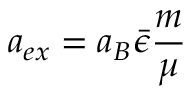
a _ { e x } = a _ { B } \bar { \epsilon } \frac { m } { \mu }